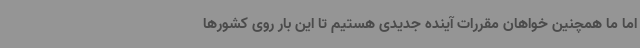
اما ما همچنین خواهان مقررات آینده جدیدی هستیم تا این بار روی کشورها